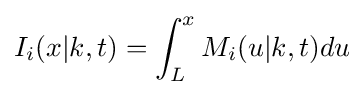
I_{i}(x|k,t)=\int _{L}^{x}M_{i}(u|k,t)du